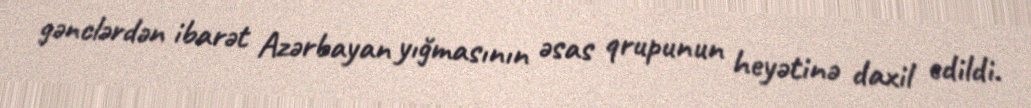
gənclərdən ibarət Azərbayan yığmasının əsas qrupunun heyətinə daxil edildi.